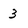
Character: 3